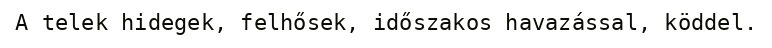
A telek hidegek, felhősek, időszakos havazással, köddel.